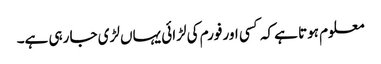
معلوم ہوتا ہے کہ کسی اور فورم کی لڑائی یہاں لڑی جا رہی ہے۔